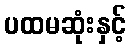
ပထမဆုံးနှင့်